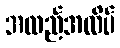
အထည်အလိပ်